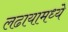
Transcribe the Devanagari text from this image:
लढायामध्ये